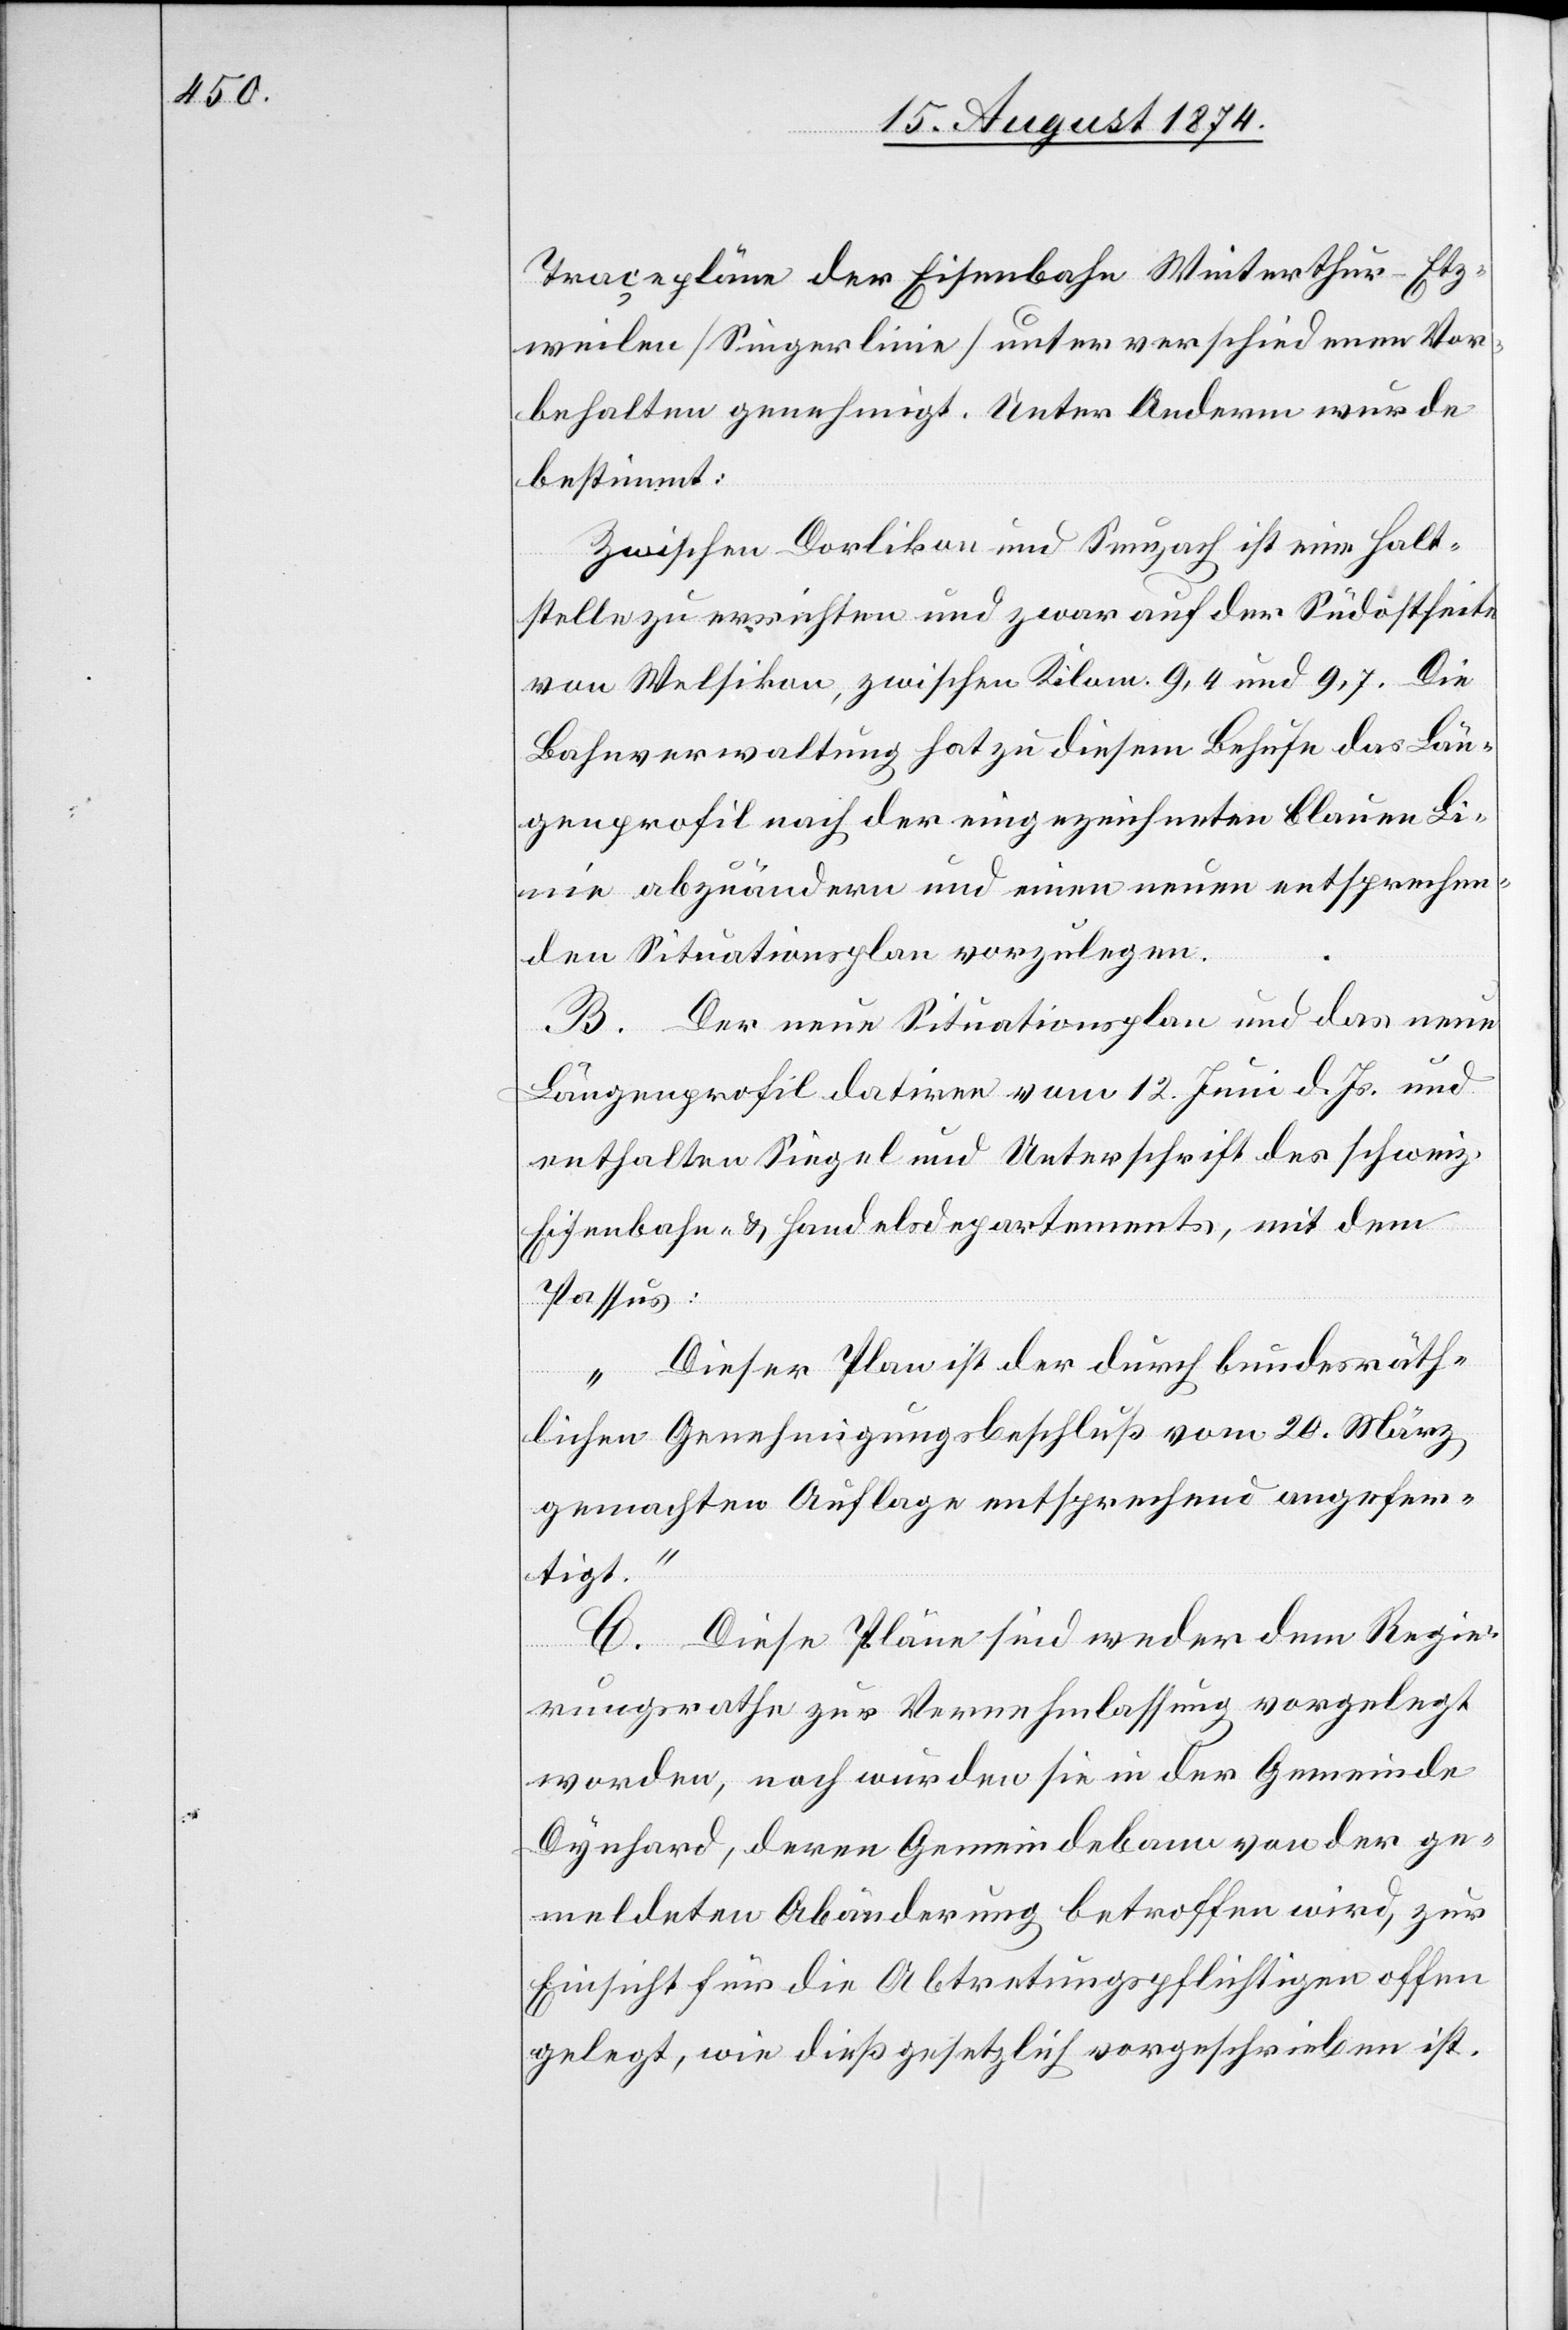
Traçepläne der Eisenbahn Winterthur–Etz¬
weilen [Singerlinie] unter verschiedenen Vor¬
behalten genehmigt. Unter Anderm wurde
bestimmt:
Zwischen Dorlikon und Seuzach ist eine Halt¬
stelle zu errichten und zwar auf der Südostseite
von Welsikon, zwischen Kilom. 9,4 und 9,7. Die
Bahnverwaltung hat zu diesem Behufe das Län¬
genprofil nach der eingezeichneten blauen Li¬
nie abzuändern und einen neuen entsprechen¬
den Situationsplan vorzulegen.
B. Der neue Situationsplan und das neue
Längenprofil datiren vom 12. Juni d. Js. und
enthalten Siegel und Unterschrift des schweiz.
Eisenbahn- u. Handelsdepartements, mit dem
Passus:
„Dieser Plan ist der durch bundesräth¬
lichen Genehmigungsbeschluß vom 20. März
gemachten Auflage entsprechend angefer¬
tigt.“
C. Diese Pläne sind weder dem Regie¬
rungsrathe zur Vernehmlassung vorgelegt
worden, noch wurden sie in der Gemeinde
Dynhard, deren Gemeindebann von der ge¬
meldeten Abänderung betroffen wird, zur
Einsicht für die Abtretungspflichtigen offen
gelegt, wie dieß gesetzlich vorgeschrieben ist.